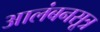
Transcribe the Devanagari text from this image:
आलंबनसूत्र